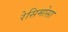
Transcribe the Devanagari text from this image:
रेसिमोसा